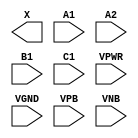
module sky130_fd_sc_ls__a211o (
    X   ,
    A1  ,
    A2  ,
    B1  ,
    C1  ,
    VPWR,
    VGND,
    VPB ,
    VNB
);

    output X   ;
    input  A1  ;
    input  A2  ;
    input  B1  ;
    input  C1  ;
    input  VPWR;
    input  VGND;
    input  VPB ;
    input  VNB ;
endmodule